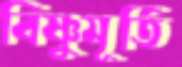
বিষ্ণুমূর্তি